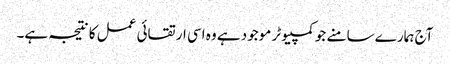
آج ہمارے سامنے جو کمپیوٹر موجود ہے وہ اسی ارتقائی عمل کا نتیجہ ہے۔